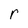
Character: r